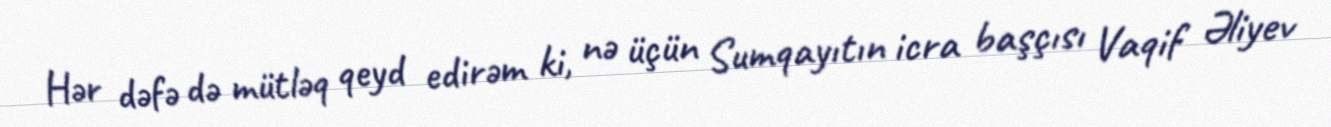
Hər dəfə də mütləq qeyd edirəm ki, nə üçün Sumqayıtın icra başçısı Vaqif Əliyev